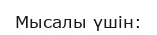
Мысалы үшін: